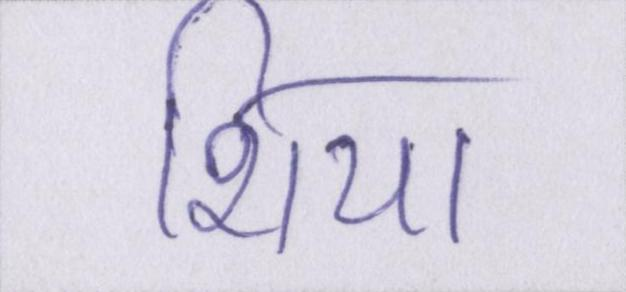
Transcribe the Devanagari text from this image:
शिया